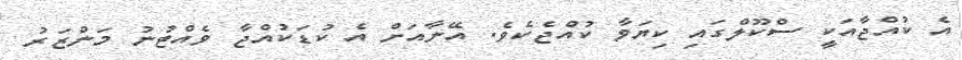
އެ ކުއްޖާއަކީ ސްކޫލްގައި ކިިޔަވާ ކުއްޖެކެވެ. އޭނާއަށް އެ ކުޑަކުއްޖާ ވެއްޓުނު މަންޒަރު